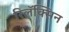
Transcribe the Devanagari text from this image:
रिलॅक्सिन